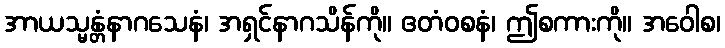
အာယသ္မန္တံနာဂသေနံ၊ အရှင်နာဂသိန်ကို။ ဧတံဝစနံ၊ ဤစကားကို။ အဝေါစ၊